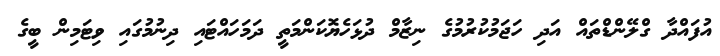
އުފައްދާ ގްލޭންޑްތައް އަދި ހަޖަމުކުރުމުގެ ނިޒާމް ދުޅަހެޔޮކަންމަތީ ދަމަހައްޓައި ދިނުމުގައި ވިޓަމިން ބީގެ